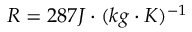
R = 2 8 7 J \cdot ( k g \cdot K ) ^ { - 1 }